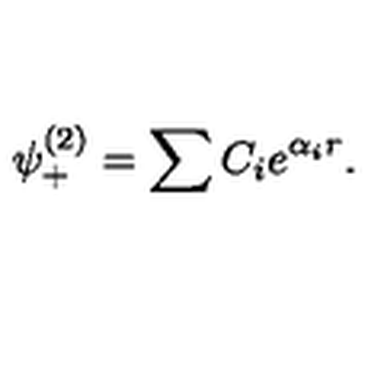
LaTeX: \psi _ { + } ^ { ( 2 ) } = \sum C _ { i } e ^ { \alpha _ { i } r } .